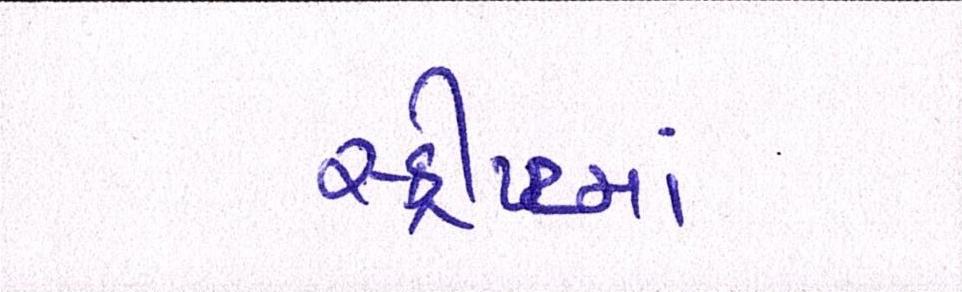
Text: સ્ક્રીપ્ટમાં